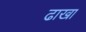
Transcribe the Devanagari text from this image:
ढाखा